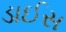
ડાઈસ